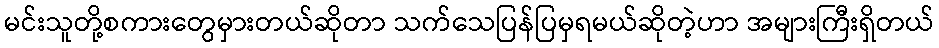
မင်းသူတို့စကားတွေမှားတယ်ဆိုတာ သက်သေပြန်ပြမှရမယ်ဆိုတဲ့ဟာ အများကြီးရှိတယ်